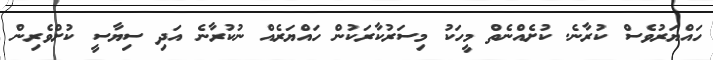
ހައްޔަރުވެސް ކުރާނެ. ކުށެއްނެތް މީހަކު މިސަރުކާރަކުން ހައްޔަރެއް ނުކުރާނެ އަދި ސިޔާސީ ކުށްވެރިން